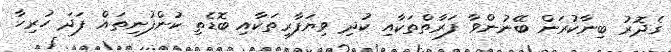
ގެދޮރު ބިނާކުރަން ބޭނުންވާ ފަރާތްތަކާއި ކުދި ވިޔަފާރިތަކާއި ބޮޑެތި ކުންފުނިތައް ފަދަ ހުރިހާ